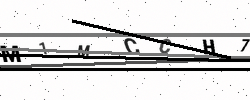
Text: M1MCCH7